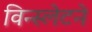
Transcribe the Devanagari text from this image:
विन्स्लेटने